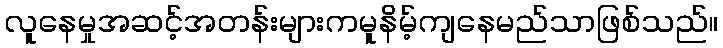
လူနေမှုအဆင့်အတန်းများကမူနိမ့်ကျနေမည်သာဖြစ်သည်။